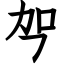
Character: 㔖